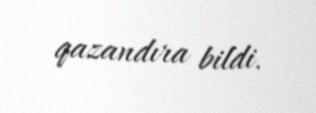
qazandıra bildi.